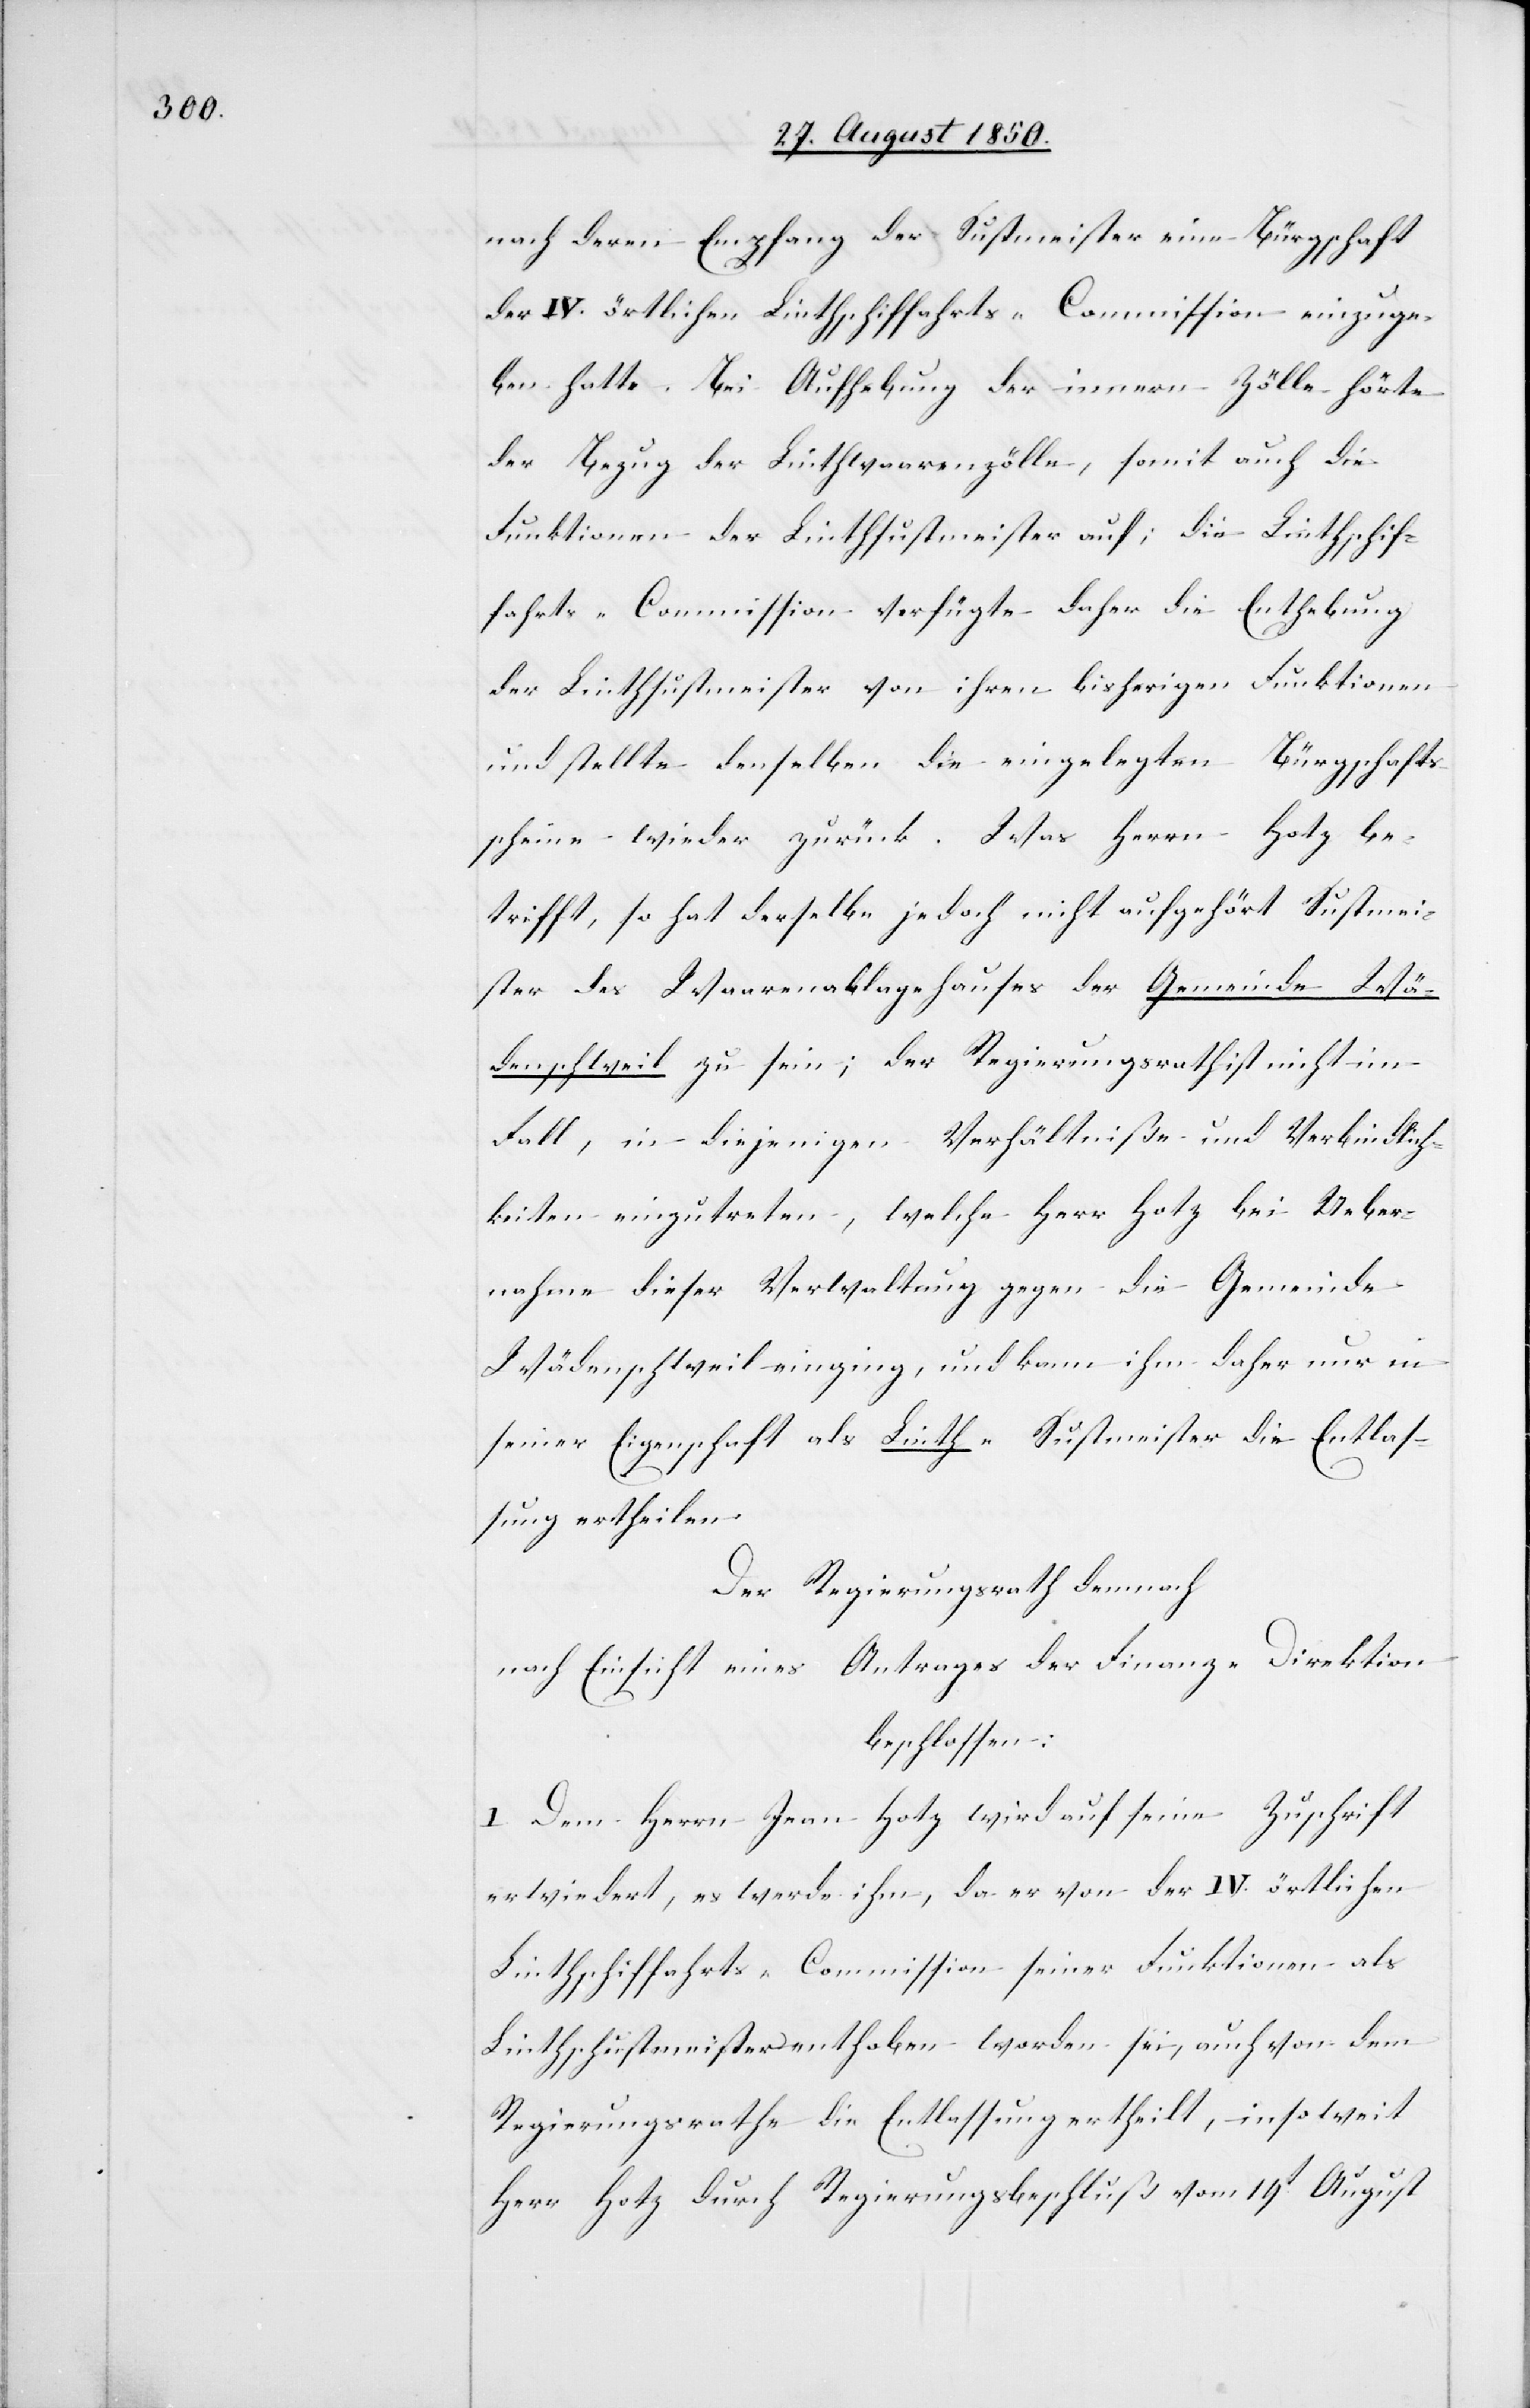
nach deren Empfang der Sustmeister eine Bürgschaft
der IV. örtlichen Linthschiffahrts-Commission einzuge¬
ben hatte. Bei Aufhebung der innern Zölle hörte
der Bezug der Linthwaarenzölle, somit auch die
Funktionen der Linthsustmeister auf; die Linthschif¬
fahrts-Commission verfügte daher die Enthebung
der Linthsustmeister von ihren bisherigen Funktionen
und stellte denselben die eingelegten Bürgschafts¬
scheine wieder zurück. Was Herrn Hotz be¬
trifft, so hat derselbe jedoch nicht aufgehört Sustmei¬
ster des Waarenablagehauses der Gemeinde Wä¬
denschweil zu sein; der Regierungsrath ist nicht im
Fall, in diejenigen Verhältniße und Verbindlich¬
keiten einzutreten, welche Herr Hotz bei Ueber¬
nahme dieser Verwaltung gegen die Gemeinde
Wädenschweil einging, und kann ihm daher nur in
seiner Eigenschaft als Linth-Sustmeister die Entlas¬
sung ertheilen.
Der Regierungsrath [hat]
nach Einsicht eines Antrages der Finanz-Direktion
beschlossen:
I. Dem Herrn Jean Hotz wird auf seine Zuschrift
erwiedert, es werde ihm, da er von der IV. örtlichen
Linthschiffahrts-Commission seiner Funktionen als
Linthschustmeister [sic!] enthoben worden sei, auch von dem
Regierungsrathe die Entlassung ertheilt, insoweit
Herr Hotz durch Regierungsbeschluß vom 19t August